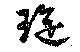
琁